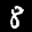
Label: 8